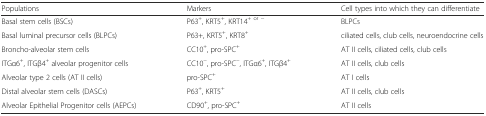
<table><thead><tr><td><b>Populations</b></td><td><b>Markers</b></td><td><b>Cell types into which they can differentiate</b></td></tr></thead><tbody><tr><td>Basal stem cells (BSCs)</td><td>P63<sup>+</sup>, KRT5<sup>+</sup>, KRT14<sup>+ or −</sup></td><td>BLPCs</td></tr><tr><td>Basal luminal precursor cells (BLPCs)</td><td>P63+, KRT5<sup>+</sup>, KRT8<sup>+</sup></td><td>ciliated cells, club cells, neuroendocrine cells</td></tr><tr><td>Broncho-alveolar stem cells</td><td>CC10<sup>+</sup>, pro-SPC<sup>+</sup></td><td>AT II cells, ciliated cells, club cells</td></tr><tr><td>ITGα6<sup>+</sup>, ITGβ4<sup>+</sup> alveolar progenitor cells</td><td>CC10<sup>−</sup>, pro-SPC<sup>−</sup>, ITGα6<sup>+</sup>, ITGβ4<sup>+</sup></td><td>AT II cells, club cells</td></tr><tr><td>Alveolar type 2 cells (AT II cells)</td><td>pro-SPC<sup>+</sup></td><td>AT I cells</td></tr><tr><td>Distal alveolar stem cells (DASCs)</td><td>P63<sup>+</sup>, KRT5<sup>+</sup></td><td>AT II cells, club cells</td></tr><tr><td>Alveolar Epithelial Progenitor cells (AEPCs)</td><td>CD90<sup>+</sup>, pro-SPC<sup>+</sup></td><td>AT II cells</td></tr></tbody></table>